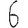
Digit: 6